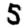
Digit: 5